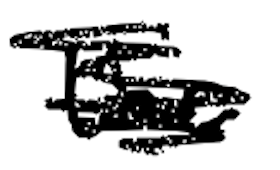
Text: the
Cross-out: mix
Writing tool: digital_black